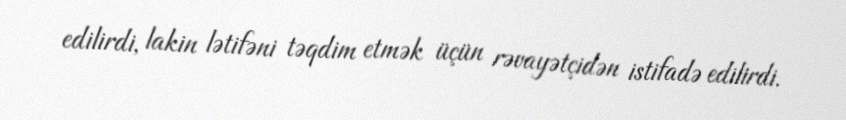
edilirdi, lakin lətifəni təqdim etmək üçün rəvayətçidən istifadə edilirdi.